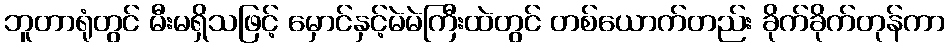
ဘူတာရုံတွင် မီးမရှိသဖြင့် မှောင်နှင့်မဲမဲကြီးထဲတွင် တစ်ယောက်တည်း ခိုက်ခိုက်တုန်ကာ